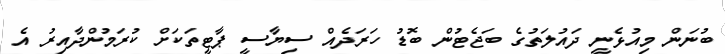
ބުނަން މިއުޅެނީ ދައުލަތުގެ ބަޖެޓުން ބޮޑު ހަރަދެއް ސިޔާސީ ޕާޓީތަކަށް ކުރަމުންދާއިރު އެ